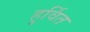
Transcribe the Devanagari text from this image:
हुर्वित